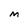
Character: M